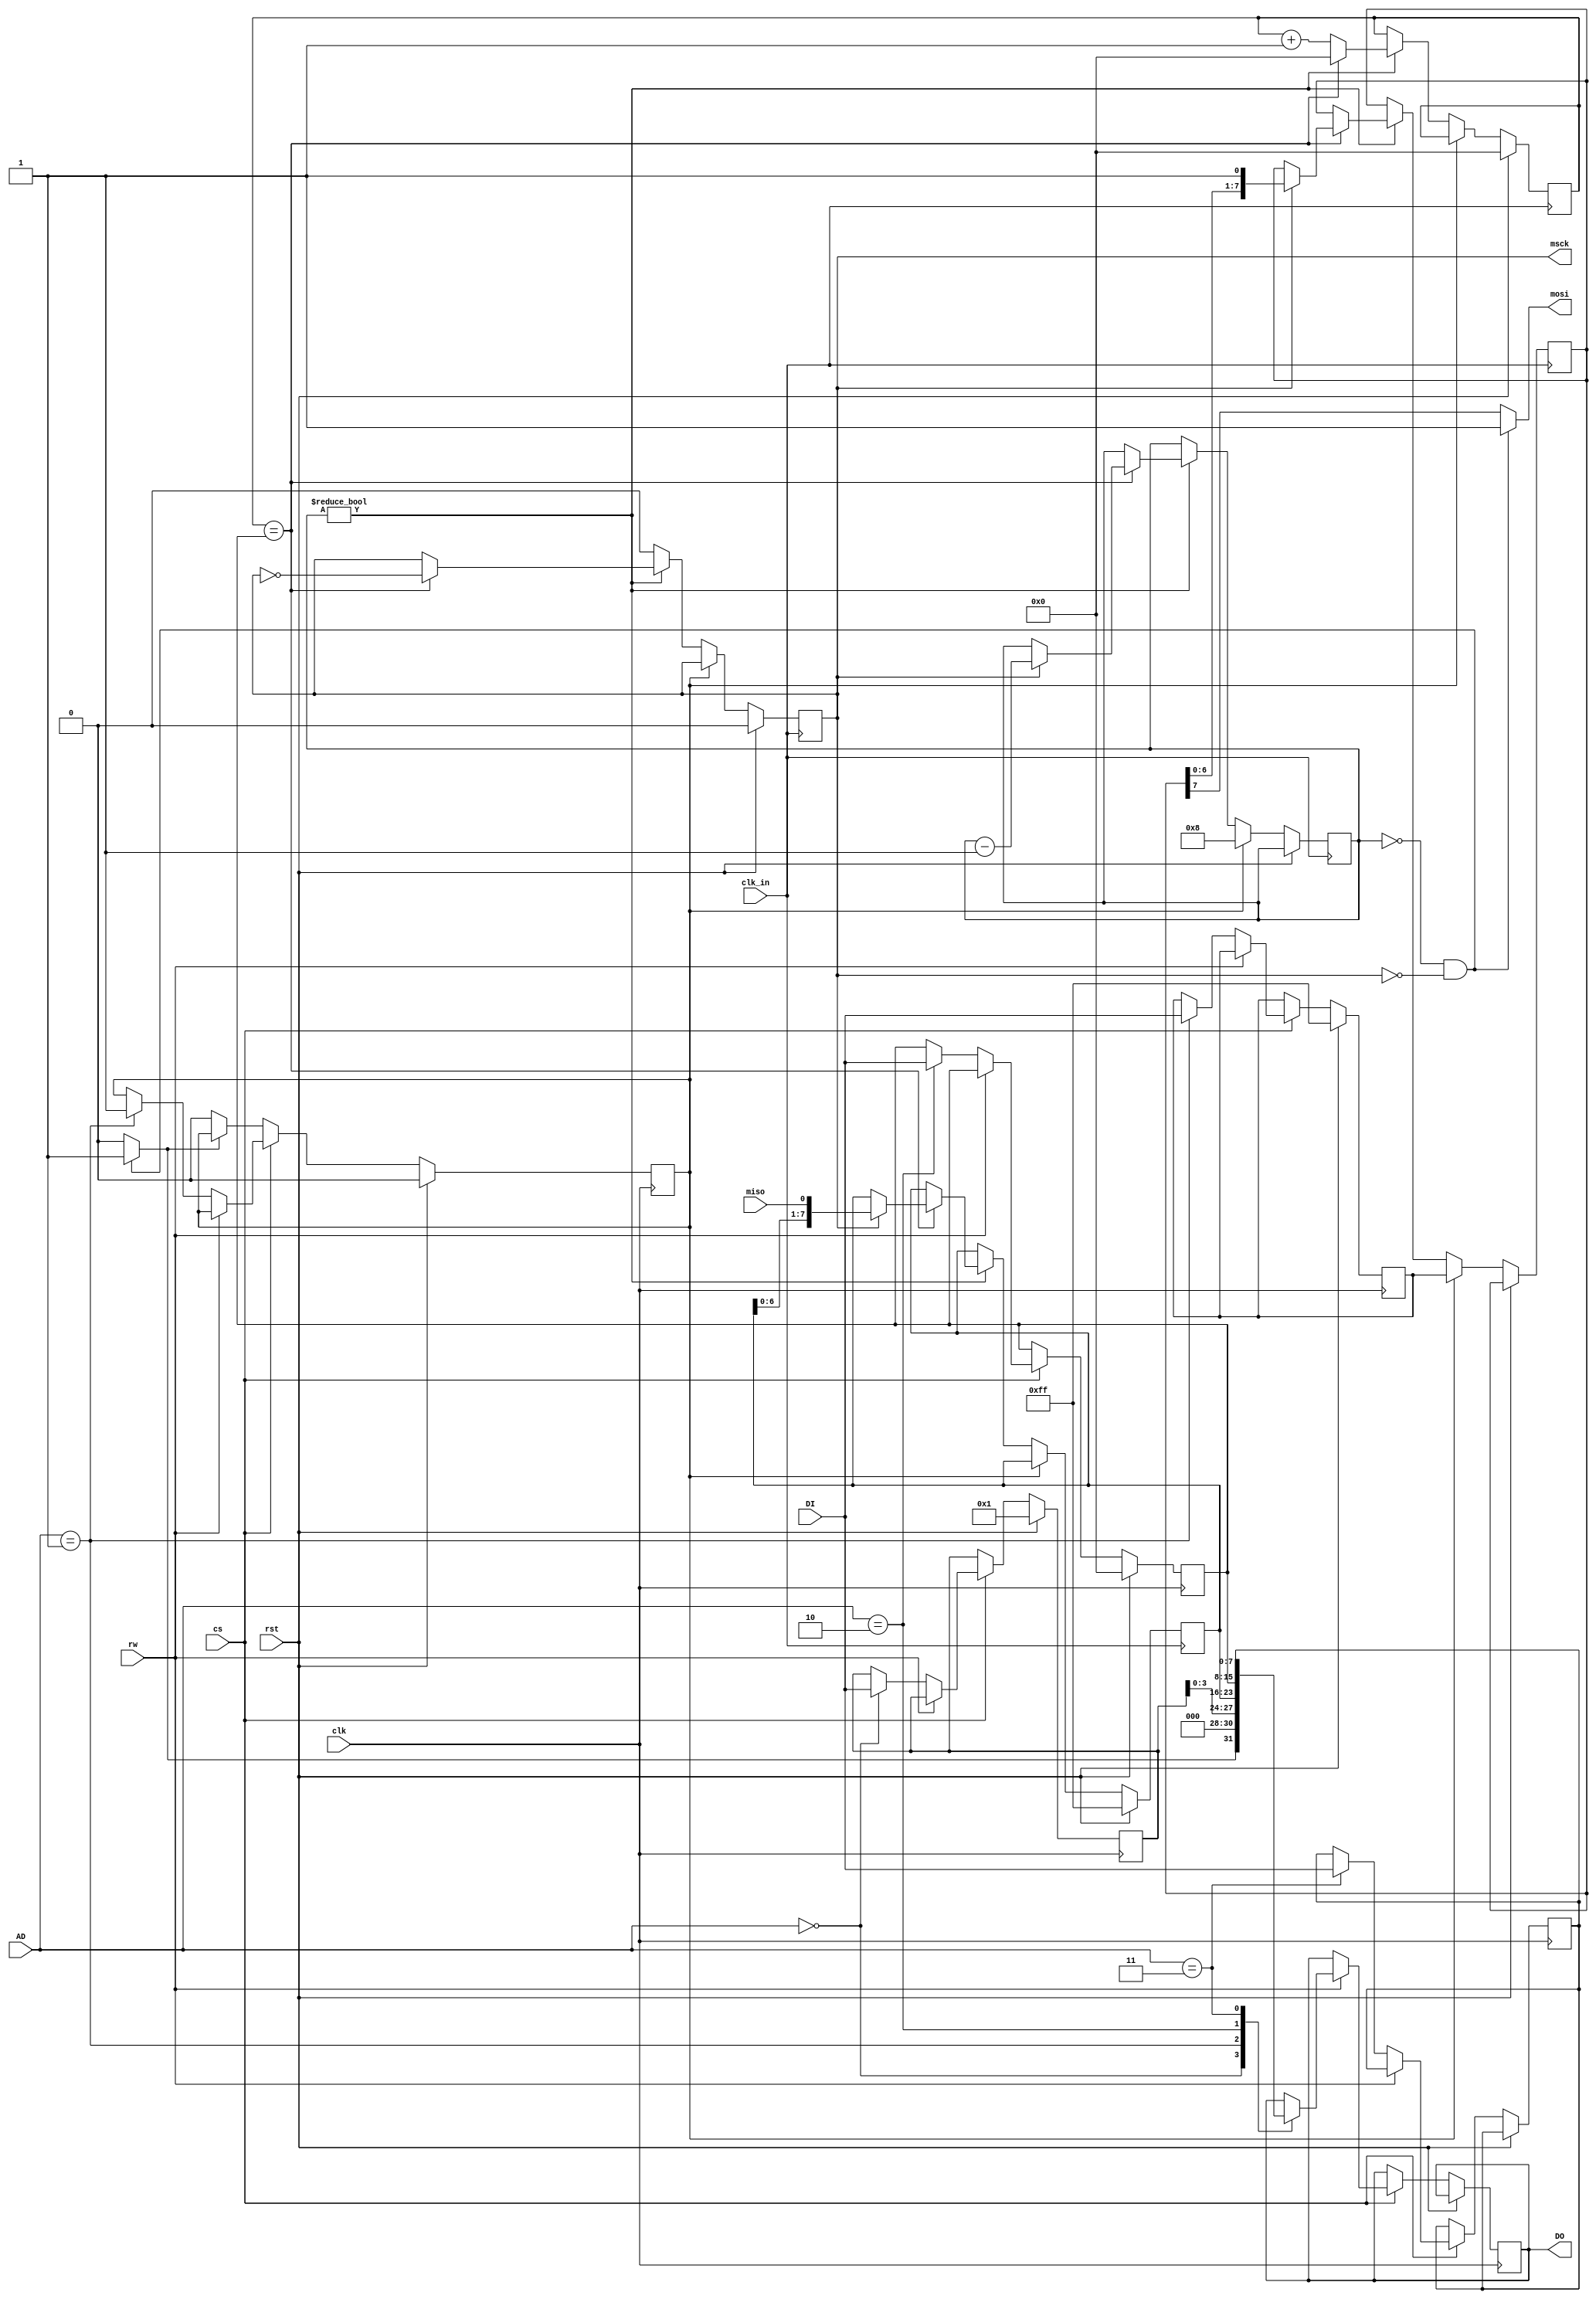
module sdcardio (
	input wire clk,
	input wire rst,
	input wire [2:0] AD,
	input wire [7:0] DI,
	output reg [7:0] DO,
	input wire rw,
	input wire cs,
//	output wire irq,

	input wire clk_in,

	output wire mosi,
	output reg msck,
	input wire miso
);
	reg [7:0] spics_reg;
	reg [7:0] config_reg;
	reg [7:0] rx_data;
	reg [7:0] tx_data;
	reg [7:0] prescaler;
	
	reg start;
	
	reg [7:0] shifted_tx_data;
	reg [3:0] bit_counter;
	reg [7:0] scale_counter;
	wire data_ready = ((bit_counter == 0) && (!msck))?1'b1:1'b0;

	always @ (posedge clk) begin
		if (rst) begin
			config_reg <= 8'b00000001;
			tx_data <= 8'b11111111;
			prescaler <= 0;
			start <= 0;
		end else begin
			if (cs) begin
				if (rw) begin
					case (AD[2:0])
					3'b000: DO <= {data_ready, 3'b0, config_reg[3:0]};
					3'b001: begin
							DO <= rx_data;
						end
					3'b010: DO <= prescaler;
					3'b011: DO <= spics_reg;
					endcase
				end else begin
					case (AD[2:0])
					3'b000: config_reg <= DI;
					3'b001: begin
							tx_data <= DI;
							start <= 1'b1;
						end
					3'b010: prescaler <= DI;
					3'b011: spics_reg <= DI;
					endcase
				end
			end else begin
				if (!data_ready) start <= 1'b0;
			end
		end
	end

	assign mosi = ((bit_counter == 0) && (!msck))?1'b1:shifted_tx_data[7];

	always @ (posedge clk_in) begin
		if (rst) begin
			msck <= 0;
			rx_data <= 8'b11111111;
			scale_counter <= 0;
		end else if (start) begin
			shifted_tx_data <= tx_data;
			bit_counter <= 8;
		end else begin
			if (bit_counter != 0) begin
				if (scale_counter == prescaler) begin
					scale_counter <= 0;
					msck <= ~msck;
					if (msck) begin
						shifted_tx_data <= {shifted_tx_data[6:0], 1'b1};
						rx_data <= {rx_data[6:0], miso};
						bit_counter <= bit_counter - 1'b1;
					end
				end else scale_counter <= scale_counter + 1'b1;
			end else msck <= 0;
		end
	end

endmodule